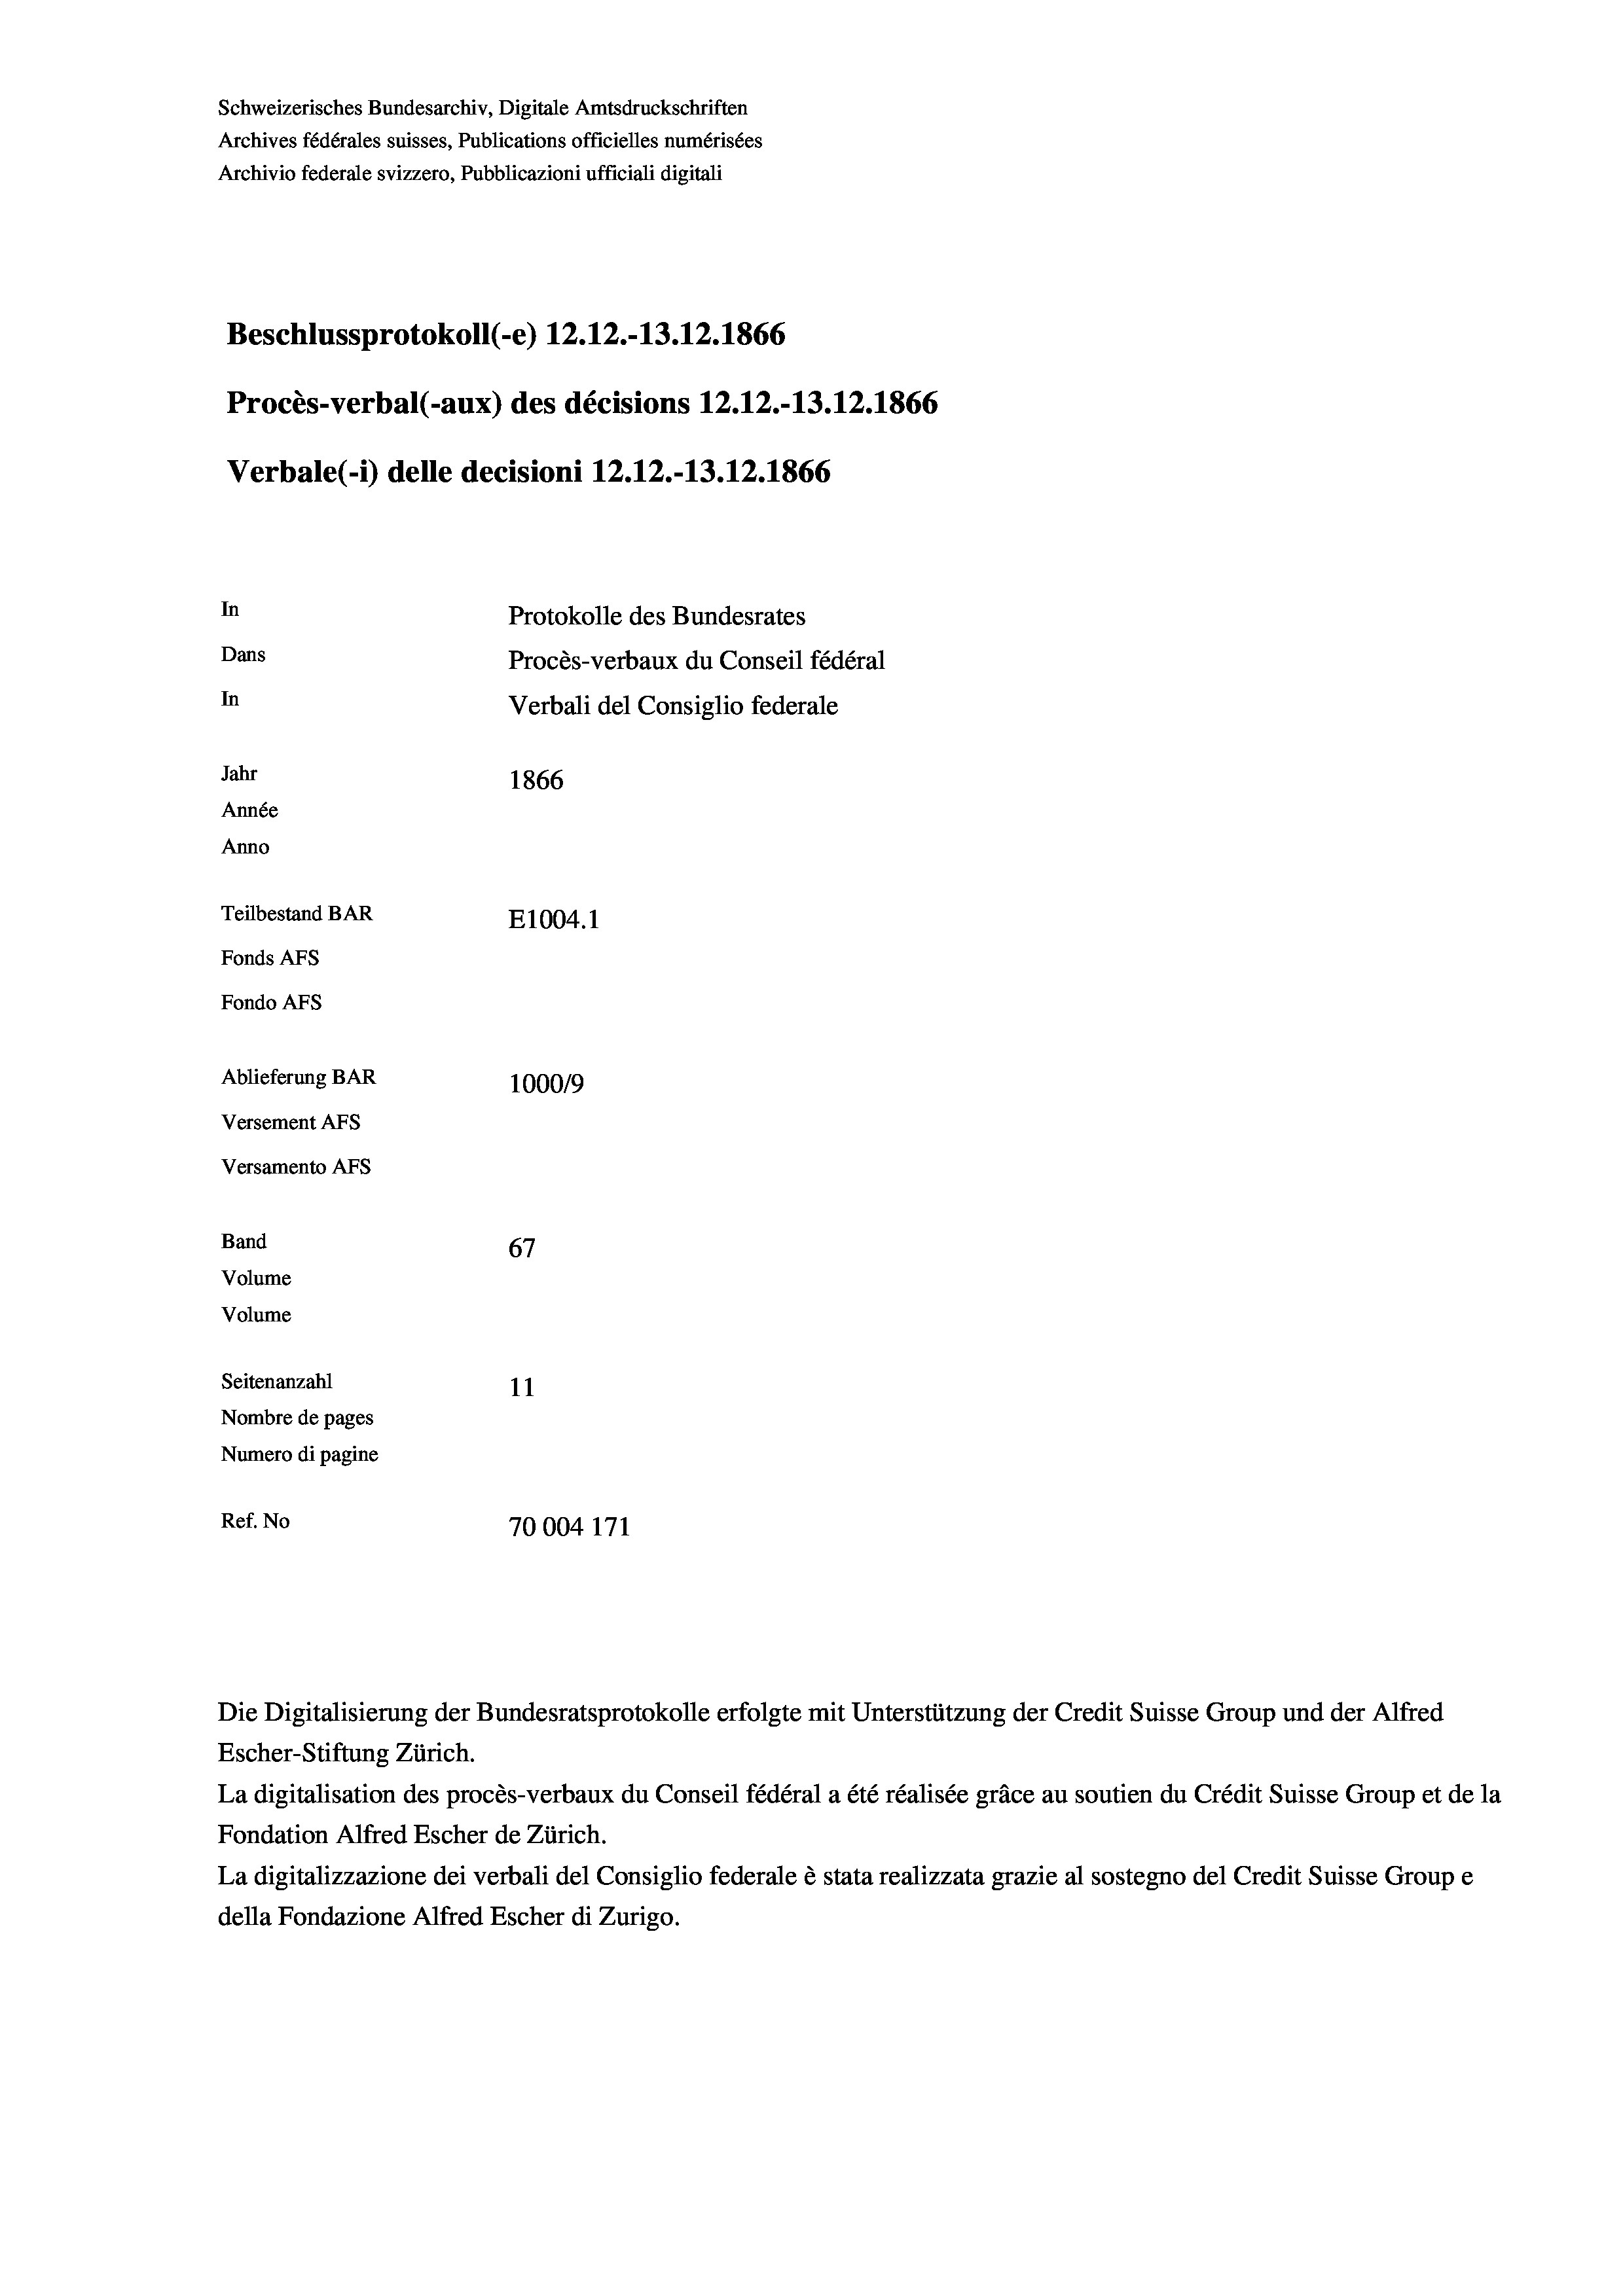
Schweizerisches Bundesarchiv, Digitale Amtsdruckschriften
Archives fédérales suisses, Publications officielles numérisées
Archivio federale svizzero, Pubblicazioni ufficiali digitali
Beschlussprotokoll (-e) 12.12.-13.12.1866
Procès-verbal (-aux) des décisions 12.12.-13.12.1866
Verbale(*) delle decisioni 12.12.-13.12.1866
In
Protokolle des Bundesrates
Dans
Procès-verbaux du Conseil fédéral
In
Verbali del Consiglio federale
Jahr
1866
Année
Anno
Teilbestand BAR
E1004.1
Fonds AFs
Fondo Afs
Ablieferung BAR
100019
Versement AFs
Versamento AFs

67
Seitenanzahl
11
Nombre de pages
Numero di pagine
Ref. No
70004 171

Band
Volume

Volume

Escher-Stiftung Zürich.
La digitalisation des procès-verbaux du Conseil fédéral a été réalisée gräce au soutien du Crédit Suisse Group et de la
Fondation Alfred Escher de Zürich.
La digitalizzazione dei verbali del Consiglio federale è stata realizzata grazie al sostegno del Credit Suisse Groupe
della Fondazione Alfred Escher di Zurigo.

Die Digitalisierung der Bundesratsprotokolle erfolgte mit Unterstützung der Credit Suisse Group und der Alfred